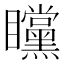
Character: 矘